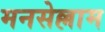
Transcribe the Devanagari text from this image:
मनसेल्लाम